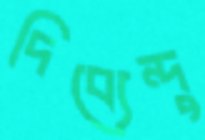
দিব্যেন্দু